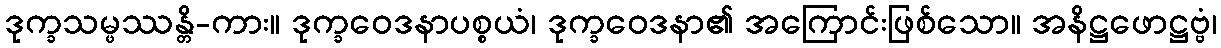
ဒုက္ခသမ္ဖဿန္တိ-ကား။ ဒုက္ခဝေဒနာပစ္စယံ၊ ဒုက္ခဝေဒနာ၏ အကြောင်းဖြစ်သော။ အနိဋ္ဌဖောဋ္ဌဗ္ဗံ၊